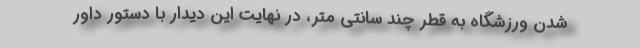
شدن ورزشگاه به قطر چند سانتی متر، در نهایت این دیدار با دستور داور